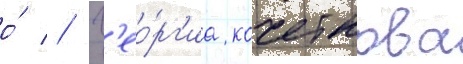
о́ // Г'ео́рг'иа кочеткова